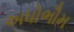
અધોભૌમ